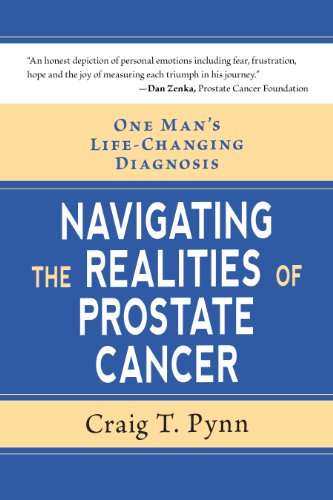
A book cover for One Man's Life-Changing Diagnosis; Craig T. Pynn; Health, Fitness & Dieting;